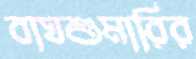
বাঘশুমারির